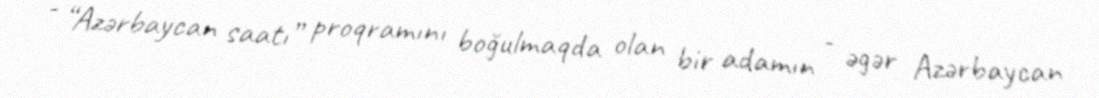
- “Azərbaycan saatı” proqramını boğulmaqda olan bir adamın - əgər Azərbaycan